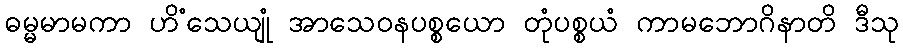
ဓမ္မမာမကာ ဟိံသေယျုံ အာသေဝနပစ္စယော တုံပစ္စယံ ကာမဘောဂိနာတိ ဒီသု